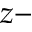
z -